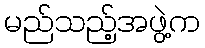
မည်သည့်အဖွဲ့က